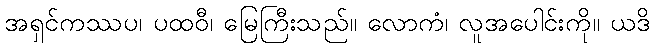
အရှင်ကဿပ၊ ပထဝီ၊ မြေကြီးသည်။ လောကံ၊ လူအပေါင်းကို။ ယဒိ